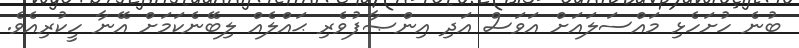
ބުނެ ހުށަހެޅި މައްސަލައަށް އަވަސް އަދި އިންޞާފުވެރި ޙައްލެއް ލިބޭނެކަމަށް އޭނާ ހީކުރިއެވެ.